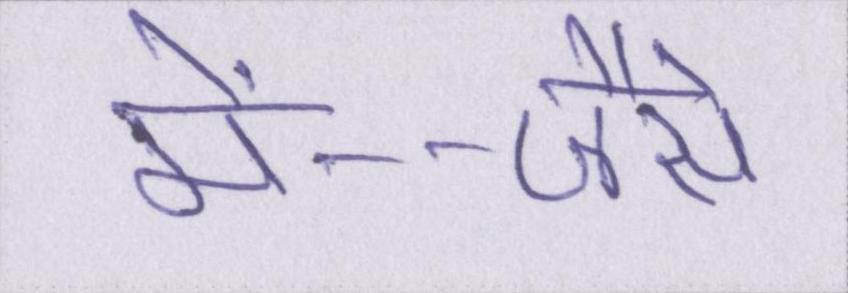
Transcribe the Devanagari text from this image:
में--जैसे